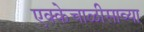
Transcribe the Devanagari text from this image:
एक्केचाळीसाव्या